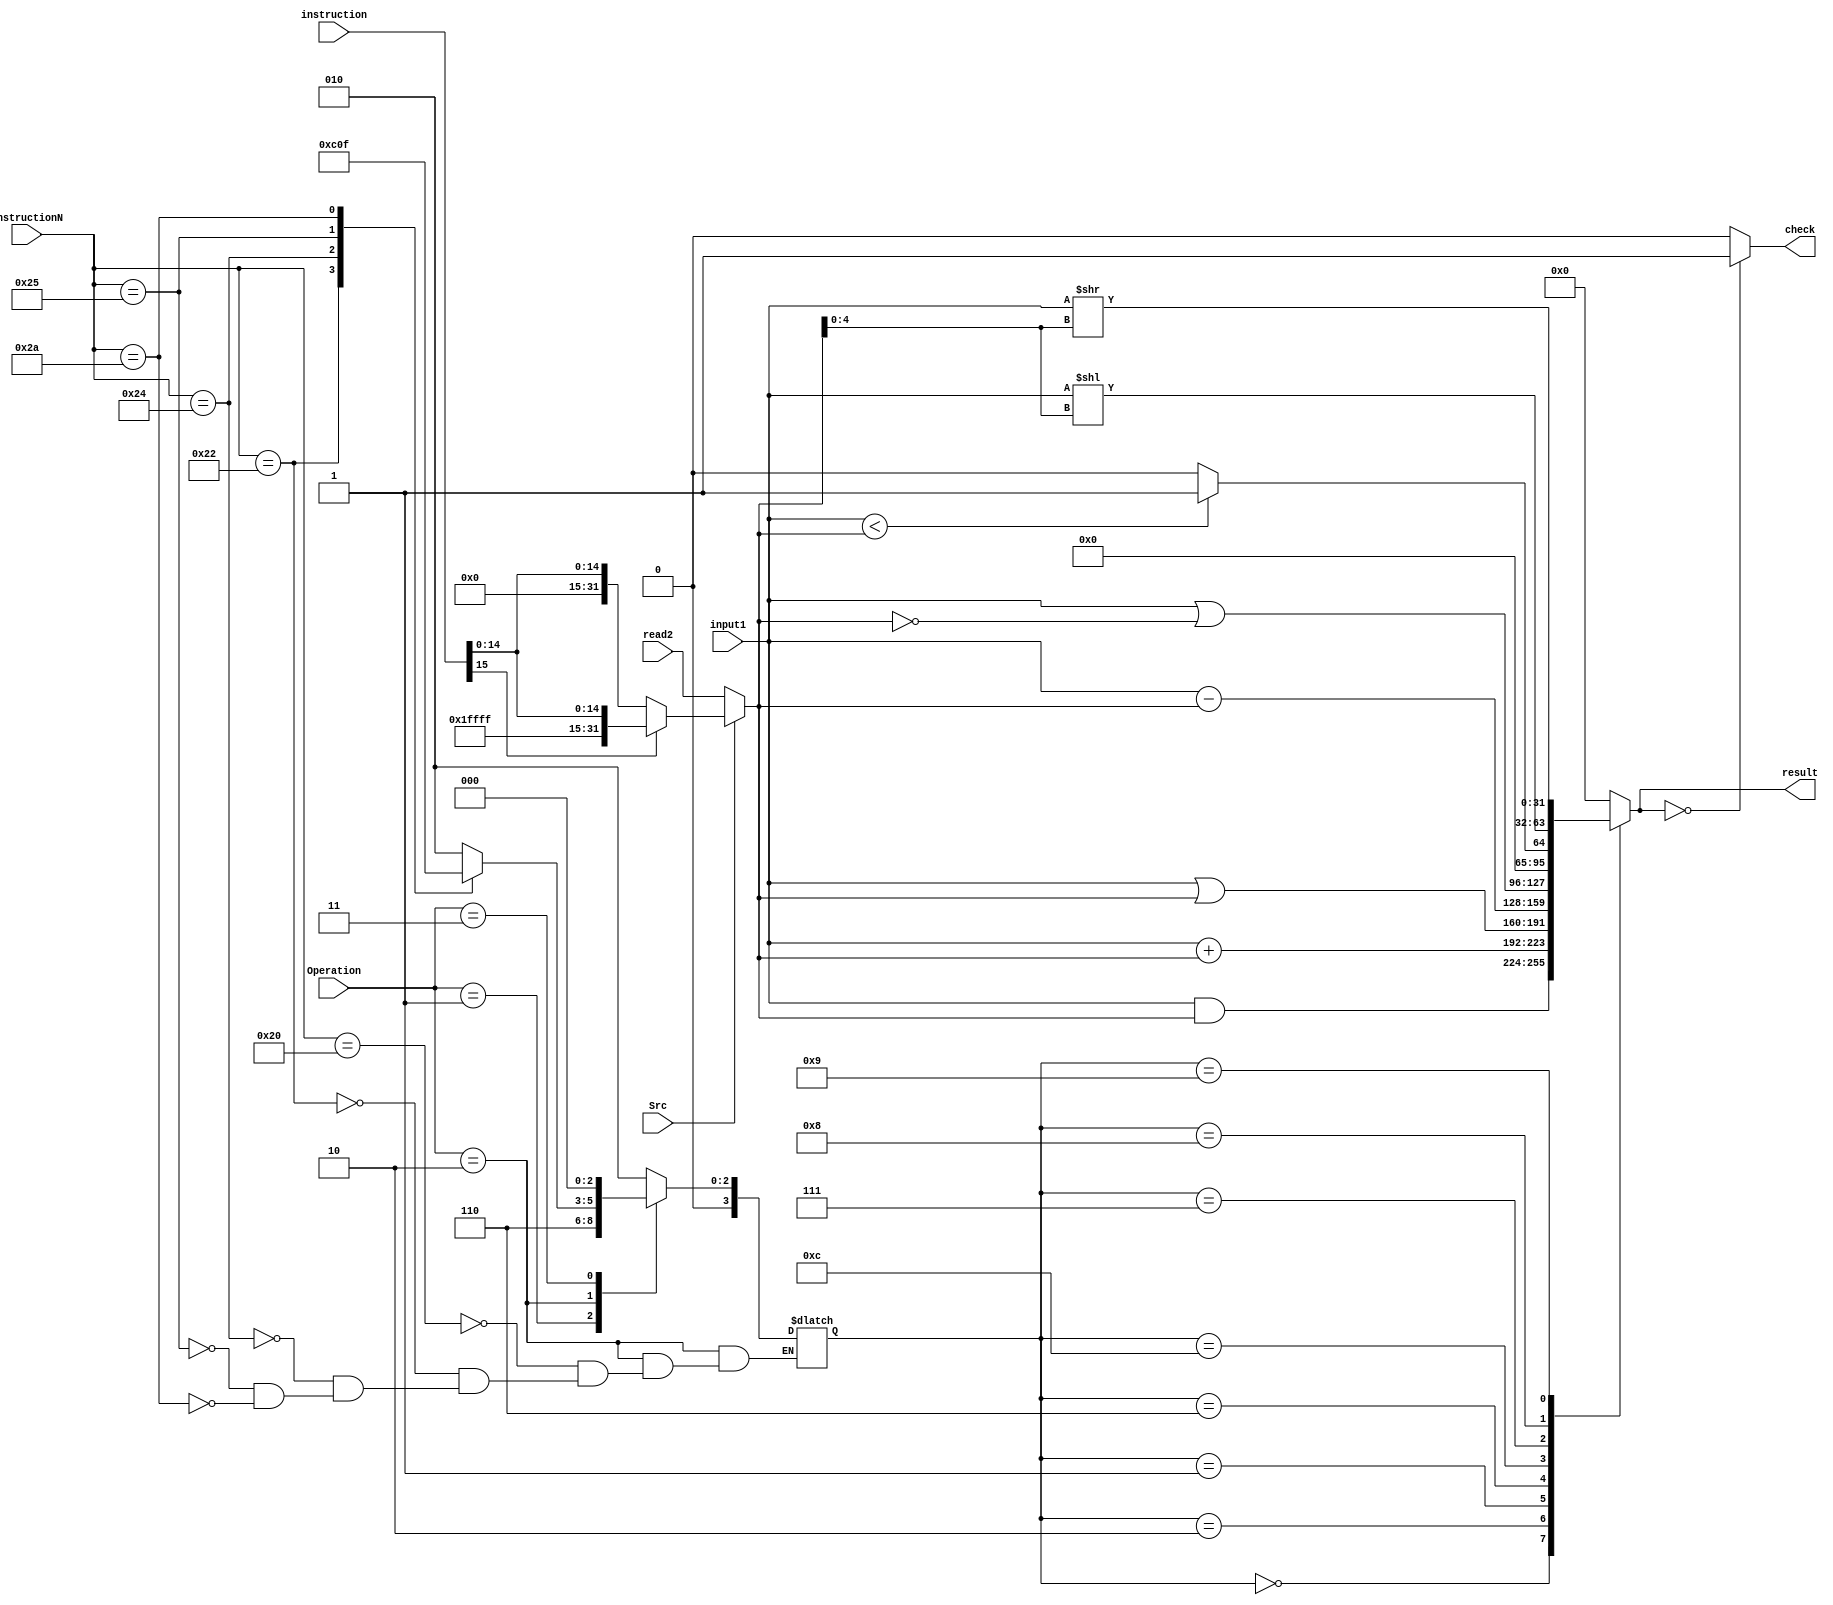
`timescale 1ns / 1ps


module Logic_Unit (input[31:0] input1,input[31:0] read2, input[31:0] instruction,input Src,output reg check,output reg [31:0] result, input [1:0] Operation,input [5:0] instructionN);

  reg [31:0] input2;
  reg [3:0] control;
  always @(Operation, instructionN) begin
    case (Operation)
      2'b00:   control = 4'b0010;  
      2'b01:   control = 4'b0110;  
      2'b10: begin  // R-Type
        case (instructionN)
          6'b100000:  // add
          control = 4'b0010;
          6'b100010:  // sub
          control = 4'b0110;
          6'b100100:  // and
          control = 4'b0000;
          6'b100101:  // or
          control = 4'b0001;
          6'b101010:  // slt
          control = 4'b0111;
          default: ;
        endcase
      end
      2'b11:   control = 4'b0000;
      default: ;
    endcase
  end
  always @(Src, read2, instruction) begin
    if (Src == 0) begin
      input2 = read2;
    end else begin
      case(instruction[15])
        1'b0: begin
          input2 = {16'b0, instruction[15:0]};
        end
        default: begin
          input2 = {{16{1'b1}}, instruction[15:0]};
        end
      endcase
    end
  end

  always @(input1, input2, control) begin
    case (control)
      4'b0000:  // AND
      result = input1 & input2;
      4'b0010:  // ADD
      result = input1 + input2;
      4'b0001:  // OR
      result = input1 | input2;
      4'b0110:  // SUB
      result = input1 - input2;
      4'b1100:  // NOR
      result = input1 | ~input2;
      4'b0111:  // SLT
      result = (input1 < input2) ? 1 : 0;
      4'b1000:  // SLL
      result = input1 << input2[4:0];
      4'b1001:  // SRL
      result = input1 >> input2[4:0];

      default: begin
        result = 32'b0;
      end

    endcase
    if (result == 0) begin
      check = 1;
    end else begin
      check = 0;
    end
  end

endmodule